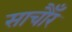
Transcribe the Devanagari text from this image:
साचौँर